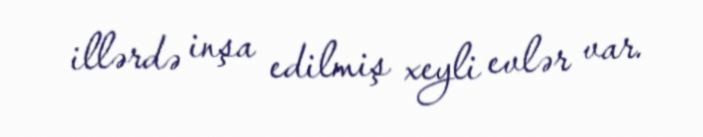
illərdə inşa edilmiş xeyli evlər var.